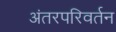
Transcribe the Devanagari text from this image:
अंतरपरिवर्तन